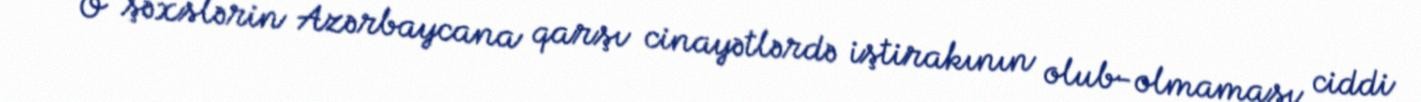
- O şəxslərin Azərbaycana qarşı cinayətlərdə iştirakının olub-olmaması ciddi